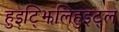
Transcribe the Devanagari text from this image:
हुइट्झिलिहुइट्ल